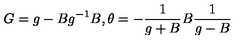
G = g - B g ^ { - 1 } B , \theta = - \frac { 1 } { g + B } B \frac { 1 } { g - B }